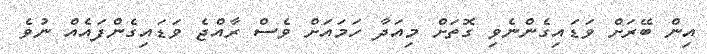
އިން ބޭރަށް ވަޑައިގެންނެވި ގޮތަށް މިއަދާ ހަމައަށް ވެސް ރާއްޖެ ވަޑައިގެންފައެއް ނުވެ